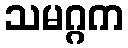
သမဂ္ဂက